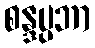
စန္ဒပ္ပဘာ